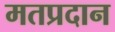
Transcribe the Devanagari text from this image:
मतप्रदान